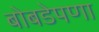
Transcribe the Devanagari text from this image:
बोबडेपणा